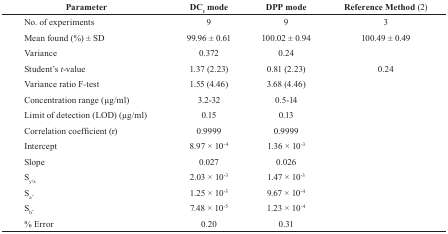
| Parameter | DCt mode | DPP mode | Reference Method (2) |
 | --- | --- | --- | --- |
 | No. of experiments | 9 | 9 | 3 |
 | Mean found (%) ± SD | 99.96 ± 0.61 | 100.02 ± 0.94 | 100.49 ± 0.49 |
 | Variance | 0.372 | 0.24 |  |
 | Student’s t-value | 1.37 (2.23) | 0.81 (2.23) | 0.24 |
 | Variance ratio F-test | 1.55 (4.46) | 3.68 (4.46) |  |
 | Concentration range (μg/ml) | 3.2-32 | 0.5-14 |  |
 | Limit of detection (LOD) (μg/ml) | 0.15 | 0.13 |  |
 | Correlation coefficient (r) | 0.9999 | 0.9999 |  |
 | Intercept | 8.97 × 10-4 | 1.36 × 10-3 |  |
 | Slope | 0.027 | 0.026 |  |
 | Sy/x | 2.03 × 10-3 | 1.47 × 10-3 |  |
 | Sa. | 1.25 × 10-3 | 9.67 × 10-4 |  |
 | Sb. | 7.48 × 10-5 | 1.23 × 10-4 |  |
 | % Error | 0.20 | 0.31 |  |